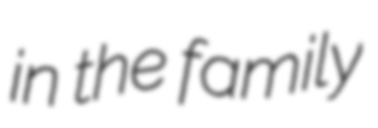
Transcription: in the family